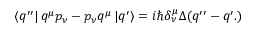
\left\langle q ^ { \prime \prime } \right| q ^ { \mu } p _ { \nu } - p _ { \nu } q ^ { \mu } \left| q ^ { \prime } \right\rangle = i \hbar \delta _ { \nu } ^ { \mu } \Delta ( q ^ { \prime \prime } - q ^ { \prime } . )